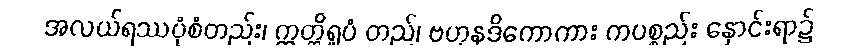
အလယ်ရဿပုံစံတည်း၊ ဣတ္ထိရူပံ တည်၊ ဗဟုနဒိကောကား ကပစ္စည်း နှောင်းရာ၌